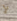
لا